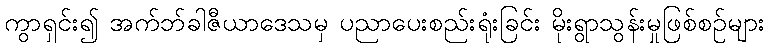
ကွာရှင်း၍ အက်ဘ်ခါဇီယာဒေသမှ ပညာပေးစည်းရုံးခြင်း မိုးရွာသွန်းမှုဖြစ်စဉ်များ